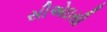
સીએઇસી